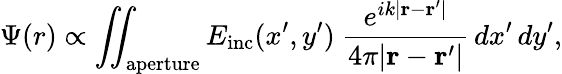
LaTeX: \Psi(r)\propto\iint_{\mathrm{aperture}}E_{\mathrm{inc}}(x^{\prime},y^{\prime})~{\frac{e^{ik|\mathbf{r}-\mathbf{r}^{\prime}|}}{4\pi|\mathbf{r}-\mathbf{r}^{\prime}|}}\, dx^{\prime}\, dy^{\prime},